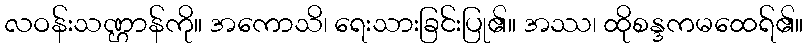
လဝန်းသဏ္ဌာန်ကို။ အကောသိ၊ ရေးသားခြင်းပြု၏။ အဿ၊ ထိုစန္ဒကမထေရ်၏။